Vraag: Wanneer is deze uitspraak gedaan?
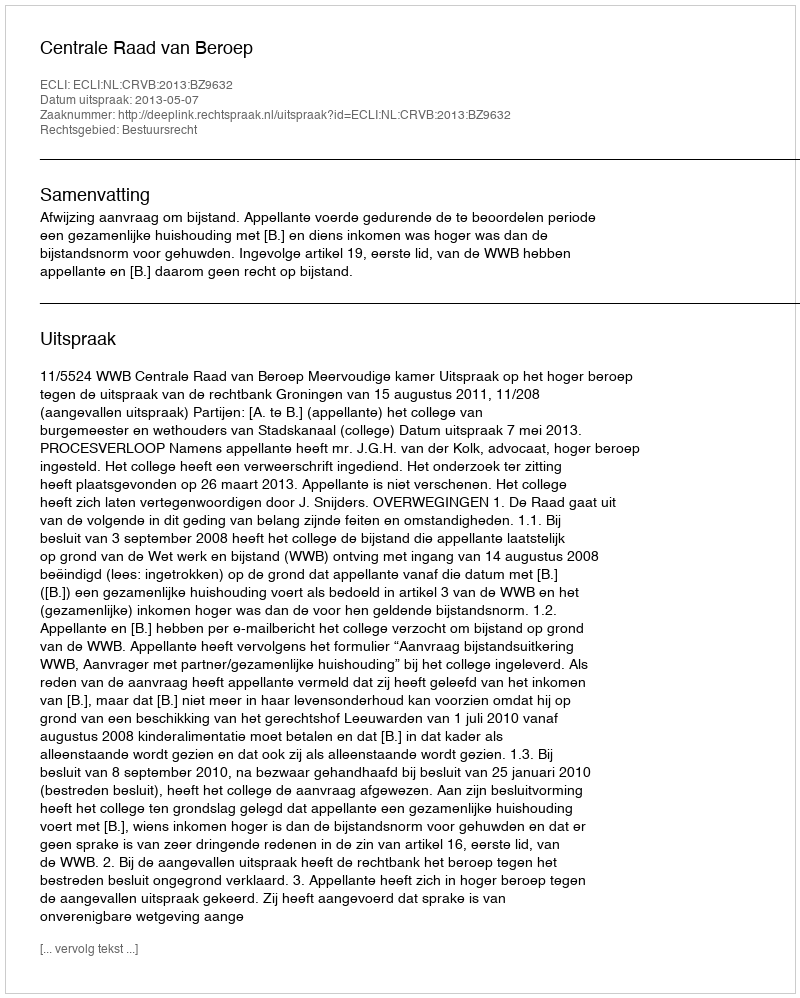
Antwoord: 2013-05-07